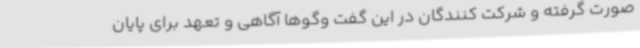
صورت گرفته و شرکت کنندگان در این گفت وگوها آگاهی و تعهد برای پایان